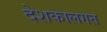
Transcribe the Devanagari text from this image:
देशकालगत